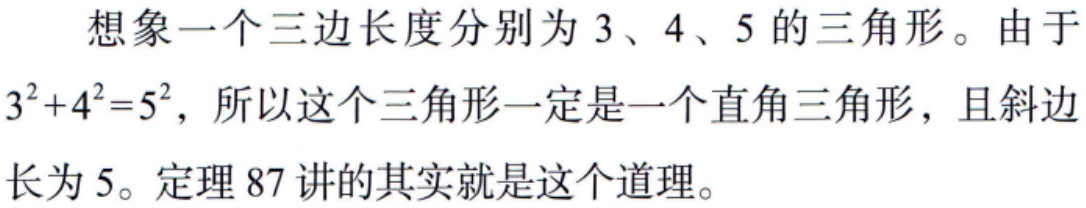
想象一个三边长度分别为 3、4、5 的三角形。由于\(3^{2}+4^{2}=5^{2}\)，所以这个三角形一定是一个直角三角形，且斜边长为 5。定理 87 讲的其实就是这个道理。